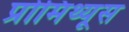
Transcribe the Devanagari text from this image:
प्रोमिथ्यूस